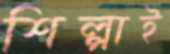
শিল্পাই